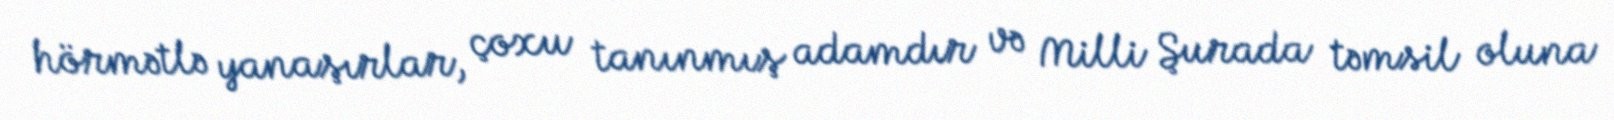
hörmətlə yanaşırlar, çoxu tanınmış adamdır və Milli Şurada təmsil oluna